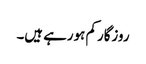
روزگار کم ہورہے ہیں۔